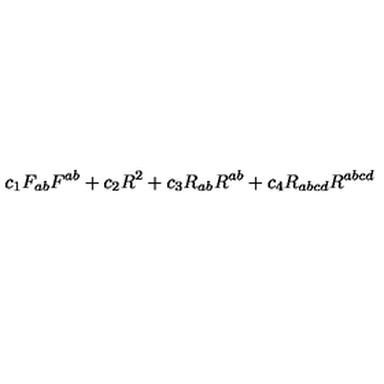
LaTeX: c _ { 1 } F _ { a b } F ^ { a b } + c _ { 2 } R ^ { 2 } + c _ { 3 } R _ { a b } R ^ { a b } + c _ { 4 } R _ { a b c d } R ^ { a b c d }